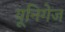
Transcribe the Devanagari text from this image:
यूनिगेज